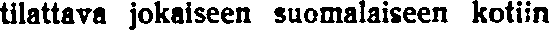
tilattava jokaiseen suomalaiseen kotiin